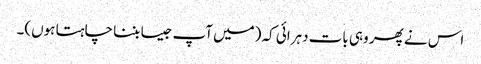
اس نے پھر وہی بات دہرائی کہ (میں آپ جیسا بننا چاہتا ہوں)۔